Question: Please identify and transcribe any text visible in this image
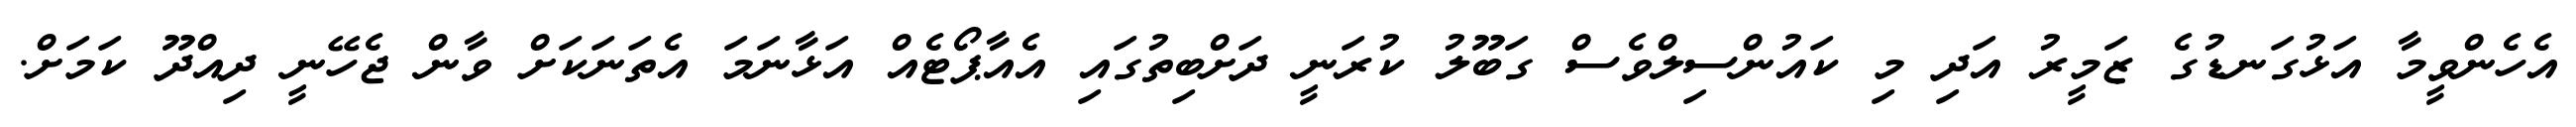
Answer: އެހެންވީމާ އަޅުގަނޑުގެ ޒަމީރު އަދި މި ކައުންސިލްވެސް ގަބޫލު ކުރަނީ ދަށްބިތުގައި އެއާޕޯޓެއް އަޅާނަމަ އެތަނަކަށް ވާން ޖެހޭނީ ދިއްދޫ ކަމަށް.